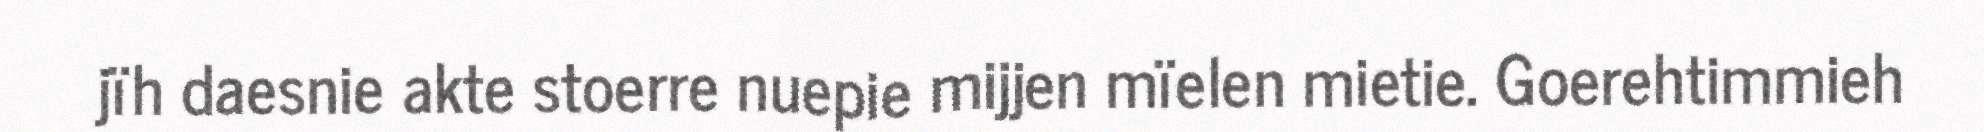
jïh daesnie akte stoerre nuepie mijjen mïelen mietie. Goerehtimmieh